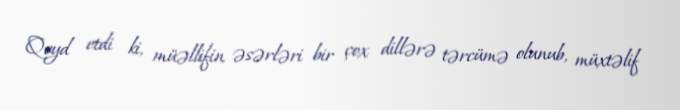
Qeyd etdi ki, müəllifin əsərləri bir çox dillərə tərcümə olunub, müxtəlif